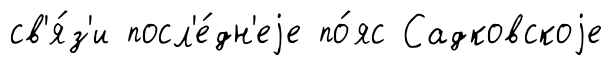
св'я́з'и посл'е́дн'еjе по́яс Садковскоjе